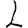
Digit: 2